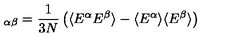
\protecte _ { \alpha \beta } = { \frac { 1 } { 3 N } } \left( \langle E ^ { \alpha } E ^ { \beta } \rangle - \langle E ^ { \alpha } \rangle \langle E ^ { \beta } \rangle \right)